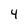
Character: 4